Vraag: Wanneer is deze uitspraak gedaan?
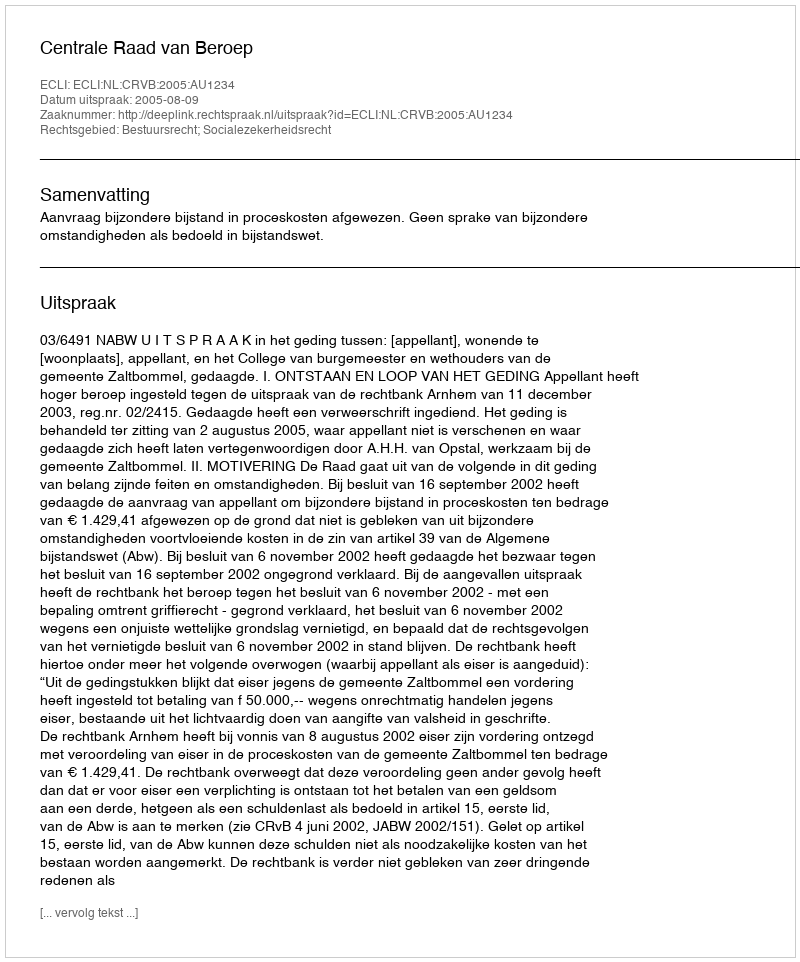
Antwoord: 2005-08-09